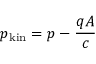
p _ { \mathrm { k i n } } = p - { \frac { q A } { c } } \,